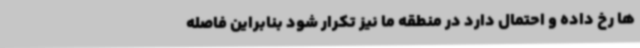
ها رخ داده و احتمال دارد در منطقه ما نیز تکرار شود بنابراین فاصله